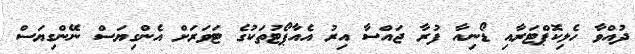
ދުއްވާ ހެލިކޮޕްޓަރާއި ޑޯނިއާ ފުރާ ޖައްސާ އިރު އެއާޕޯޓުތަކުގެ ޓަވަރަށް އެންގިޔަސް ނޭންގިޔަސް